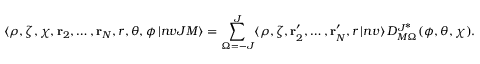
\langle \rho , \zeta , \chi , \mathbf { r } _ { 2 } , \dots , \mathbf { r } _ { N } , r , \theta , \phi \, | n v J M \rangle = \sum _ { \Omega = - J } ^ { J } \langle \rho , \zeta , \mathbf { r } _ { 2 } ^ { \prime } , \dots , \mathbf { r } _ { N } ^ { \prime } , r \, | n v \rangle \, D _ { M \Omega } ^ { J ^ { \scriptstyle * } } ( \phi , \theta , \chi ) .